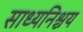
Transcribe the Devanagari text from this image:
साध्यनिश्चय